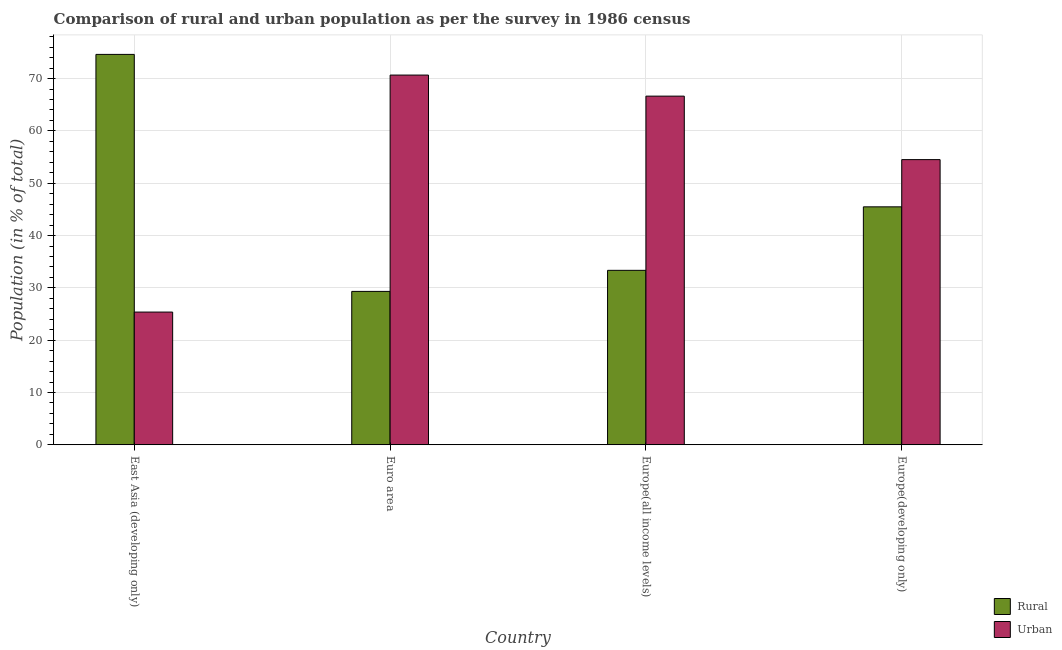
| Country | Rural | Urban |
 | --- | --- | --- |
 | East Asia (developing only) | 74.6 | 25.4 |
 | Euro area | 29.3 | 70.7 |
 | Europe(all income levels) | 33.3 | 66.7 |
 | Europe(developing only) | 45.5 | 54.5 |